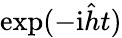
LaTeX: \exp(-\mathrm{i}\hat{h}t)